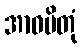
အာဝမိတုံ